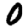
Digit: 0